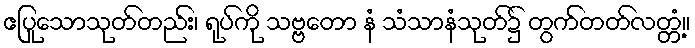
ဧပြုသောသုတ်တည်း၊ ရုပ်ကို သဗ္ဗတော နံ သံသာနံသုတ်၌ တွက်တတ်လတ္တံ့။